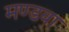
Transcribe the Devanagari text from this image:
मण्डवा